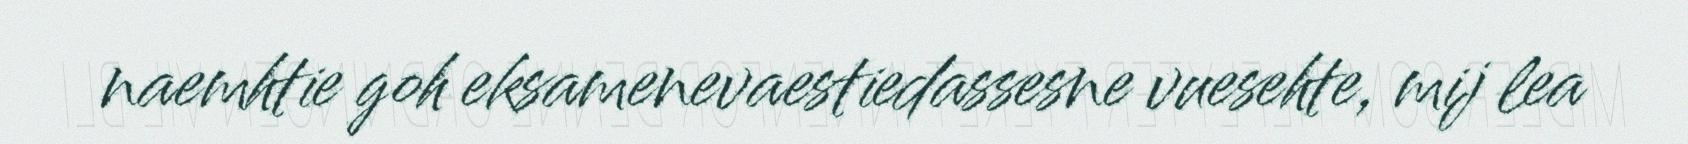
naemhtie goh eksamenevaestiedassesne vuesehte, mij lea